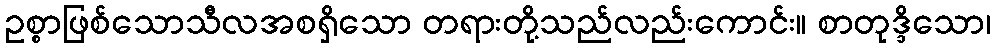
ဥစ္စာဖြစ်သောသီလအစရှိသော တရားတို့သည်လည်းကောင်း။ စာတုဒ္ဒိသော၊